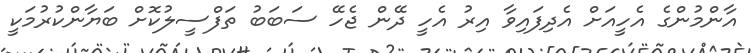
އާންމުންގެ އެހީއަށް އެދިފައިވާ އިރު އެހީ ދޭން ޖެހޭ ސަބަބު ތަފްސީލުކޮށް ބަޔާންކުރުމަކީ